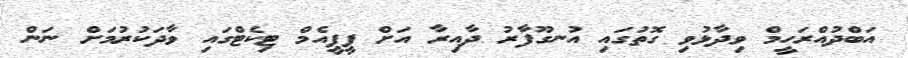
އަބްދުއްރަހީމް ވިދާޅުވި ގޮތުގައި އުނގޫފާރު ދާއިރާ އަށް ޕީޕީއެމް ޓިކެޓްގައި ވާދަކުރުމަށް ނަން